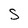
Character: s